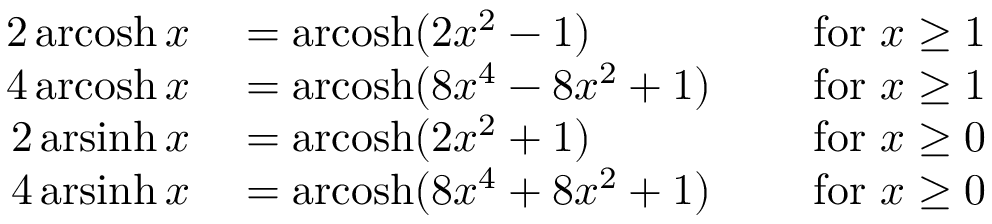
\begin{array} { r l r } { 2 \operatorname { a r c o s h } x } & { { } = \operatorname { a r c o s h } ( 2 x ^ { 2 } - 1 ) } & { \quad { \mathrm { ~ f o r ~ } } x \geq 1 } \\ { 4 \operatorname { a r c o s h } x } & { { } = \operatorname { a r c o s h } ( 8 x ^ { 4 } - 8 x ^ { 2 } + 1 ) } & { \quad { \mathrm { ~ f o r ~ } } x \geq 1 } \\ { 2 \operatorname { a r s i n h } x } & { { } = \operatorname { a r c o s h } ( 2 x ^ { 2 } + 1 ) } & { \quad { \mathrm { ~ f o r ~ } } x \geq 0 } \\ { 4 \operatorname { a r s i n h } x } & { { } = \operatorname { a r c o s h } ( 8 x ^ { 4 } + 8 x ^ { 2 } + 1 ) } & { \quad { \mathrm { ~ f o r ~ } } x \geq 0 } \end{array}